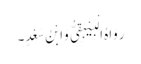
رَوَاہُ الْبَیْہَقِیُّ وَابْنُ سَعْدٍ۔